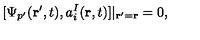
[ \Psi _ { p ^ { \prime } } ( { \bf r } ^ { \prime } , t ) , a _ { i } ^ { I } ( { \bf r } , t ) ] | _ { { \bf r } ^ { \prime } = { \bf r } } = 0 ,